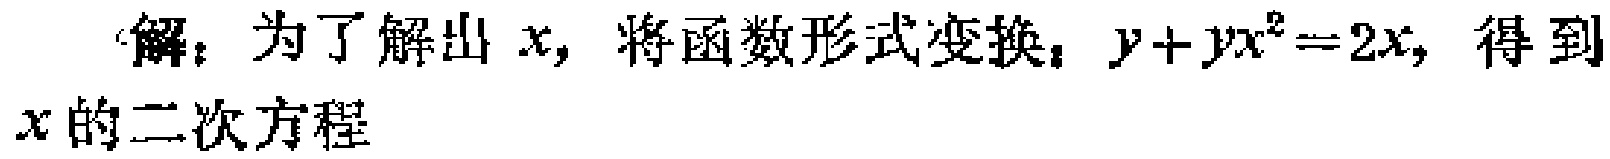
解：为了解出 \(x\)，将函数形式变换：\(y + yx^{2}=2x\)，得到
\(x\)的二次方程